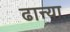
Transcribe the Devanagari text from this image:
ढान्या